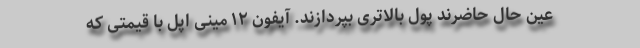
عین حال حاضرند پول بالاتری بپردازند. آیفون ۱۲ مینی اپل با قیمتی که